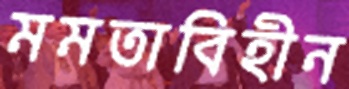
মমতাবিহীন